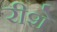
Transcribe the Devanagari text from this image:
रीशे